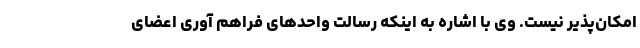
امکان‌پذیر نیست. وی با اشاره به اینکه رسالت واحدهای فراهم آوری اعضای